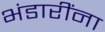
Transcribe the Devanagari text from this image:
भंडारींना